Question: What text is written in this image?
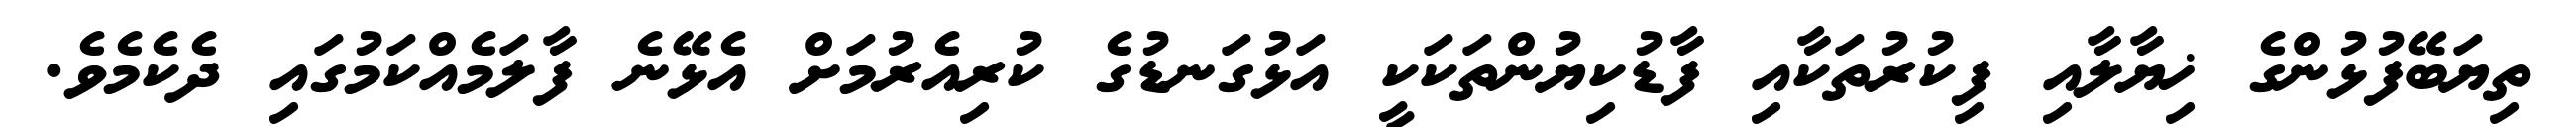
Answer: ތިޔަބޭފުޅުންގެ ޚިޔާލާއި ފިކުރުތަކާއި ފާޑުކިޔުންތަކަކީ އަޅުގަނޑުގެ ކުރިއެރުމަށް އެޅޭނެ ފާލަމެއްކަމުގައި ދެކެމެވެ.